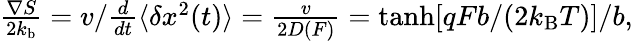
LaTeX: \begin{array}{r}{\frac{\nabla S}{2k_{\mathrm{b}}}=v/\frac{d}{dt}\langle\delta x^{2}(t)\rangle=\frac{v}{2D(F)}=\operatorname{tanh}[qFb/(2k_{\mathrm{B}}T)]/b,}\end{array}